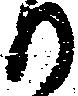
日